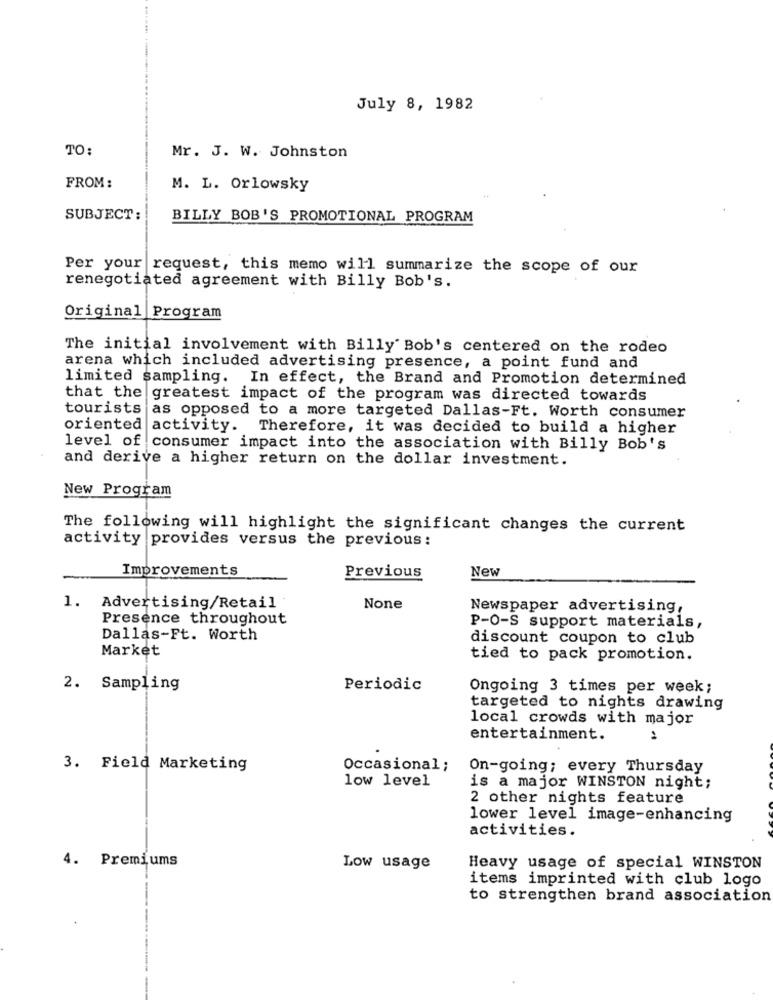
July 8, 1982
TO:
Mr. J. W. Johnston
FROM:
M. L. Orlowsky
SUBJECT:
BILLY BOB'S PROMOTIONAL PROGRAM
Per your request, this memo will summarize the scope of our
renegotiated agreement with Billy Bob's.
Original Program
The initial involvement with Billy Bob's centered on the rodeo
arena which included advertising presence, a point fund and
limited sampling. In effect, the Brand and Promotion determined
that the greatest impact of the program was directed towards
tourists as opposed to a more targeted Dallas-Ft. Worth consumer
oriented activity. Therefore, it was decided to build a higher
level of consumer impact into the association with Billy Bob's
and derive a higher return on the dollar investment.
New Program
The following will highlight the significant changes the current
activity provides versus the previous:
Improvements
Previous
New
1.
Advertising/Retail
Newspaper advertising,
Presence throughout
P-O-S support materials,
Dallas-Ft. Worth
discount coupon to club
Market
tied to pack promotion.
2. Sampling
Periodic
Ongoing 3 times per week;
targeted to nights drawing
local crowds with major
entertainment.
3. Field Marketing
Occasional;
On-going; every Thursday
low level
is a major WINSTON night;
2 other nights feature
lower level image-enhancing
activities.
4.
Premiums
Low usage
Heavy usage of special WINSTON
items imprinted with club logo
to strengthen brand association